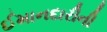
ઈમાનદારીની